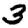
Digit: 3